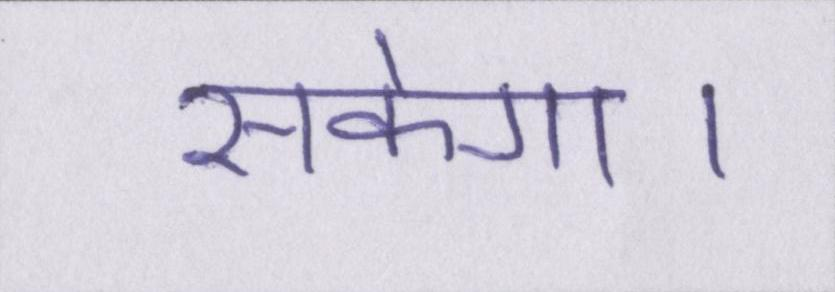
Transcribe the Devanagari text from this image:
सकेगा।